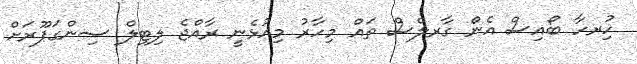
ހުިރހާ ބޯއިސް އެން ގާރލްސް ތައް މިހާރު މިއުޅެނީ ރާއްޖެ ލިޓިލް ސިންގަޕޫރަށް